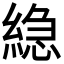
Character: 𮈮